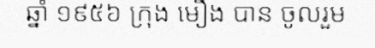
ឆ្នាំ ១៩៥៦ ក្រុង មឿង បាន ចូលរួម